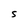
Character: S